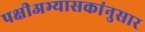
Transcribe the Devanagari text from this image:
पक्षीअभ्यासकांनुसार